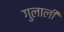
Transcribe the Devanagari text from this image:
गुलाली